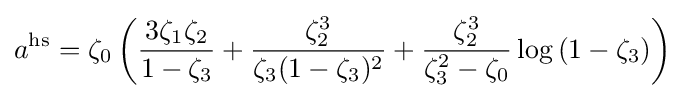
a^{\text{hs}}=\zeta _{0}\left({\frac {3\zeta _{1}\zeta _{2}}{1-\zeta _{3}}}+{\frac {\zeta _{2}^{3}}{\zeta _{3}(1-\zeta _{3})^{2}}}+{\frac {\zeta _{2}^{3}}{\zeta _{3}^{2}-\zeta _{0}}}\log {(1-\zeta _{3})}\right)